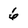
Character: 6